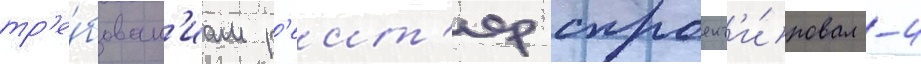
тр'е́бован'иам р'еит'ер спроект'и́ровал -4